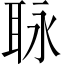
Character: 𦕟